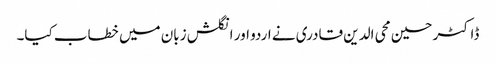
ڈاکٹر حسین محی الدین قادری نے اردو اور انگلش زبان میں خطاب کیا۔